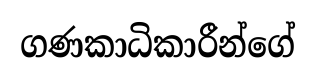
ගණකාධිකාරීන්ගේ